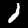
Label: 1